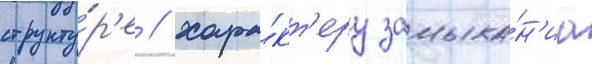
структу́р'е / хара́кт'еру замыка́н'иа